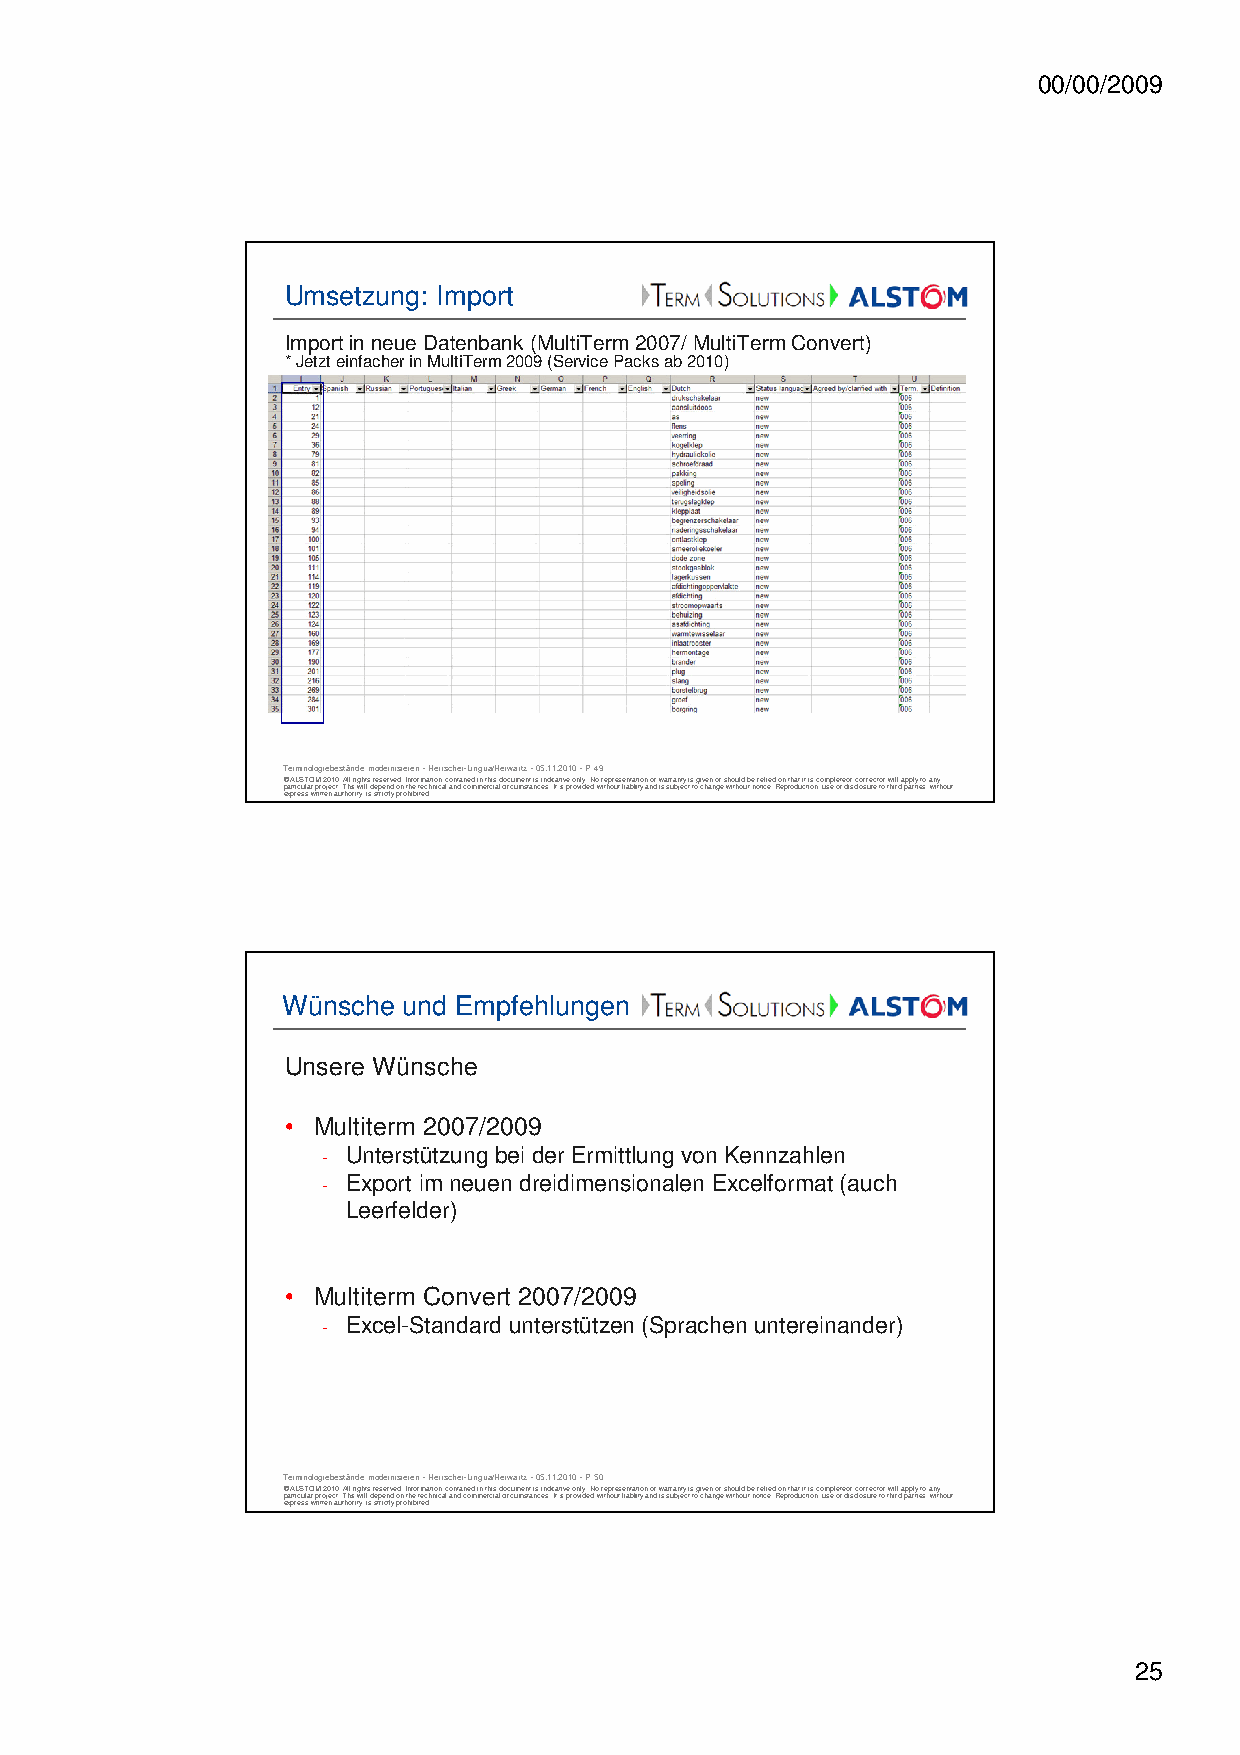
00/00/2009
 Umsetzung: Import
 Import in neue Datenbank (MultiTerm 2007/ MultiTerm Convert)
 * Jetzt einfacher in MultiTerm 2009 (Service Packs ab 2010)
 Terminologiebestände modernisieren -Herrscher-Lingua/Herwartz -05.11.2010 -P 49
 © ALSTOM 2010. All rights reserved. Information contained in this document is indicative only. No representation or warranty is given or should be relied on that it is complete or correct or will apply to any
 particular project. This will depend on the technical and commercial circumstances. It is provided without liability and is subject to change without notice. Reproduction, use or disclosure to third parties, without
 express written authority, is strictly prohibited.
 Wünsche und Empfehlungen
 Unsere Wünsche
 • Multiterm 2007/2009
 - Unterstützung bei der Ermittlung von Kennzahlen
 - Export im neuen dreidimensionalen Excelformat (auch
 Leerfelder)
 • Multiterm Convert 2007/2009
 - Excel-Standard unterstützen (Sprachen untereinander)
 Terminologiebestände modernisieren -Herrscher-Lingua/Herwartz -05.11.2010 -P 50
 © ALSTOM 2010. All rights reserved. Information contained in this document is indicative only. No representation or warranty is given or should be relied on that it is complete or correct or will apply to any
 particular project. This will depend on the technical and commercial circumstances. It is provided without liability and is subject to change without notice. Reproduction, use or disclosure to third parties, without
 express written authority, is strictly prohibited.
 25